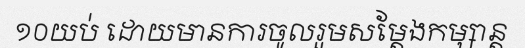
១០យប់ ដោយមានការចូលរួមសម្តែងកម្សាន្ត